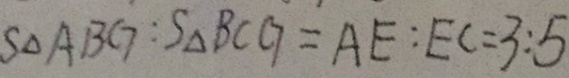
S _ { \Delta } A B G : S _ { \Delta } B C G = A E : E C = 3 : 5